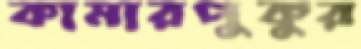
কামারপুকুর